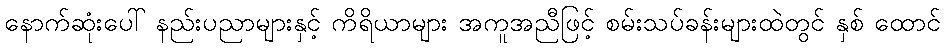
နောက်ဆုံးပေါ် နည်းပညာများနှင့် ကိရိယာများ အကူအညီဖြင့် စမ်းသပ်ခန်းများထဲတွင် နှစ် ထောင်